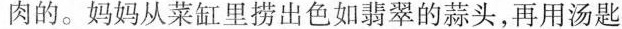
肉的。妈妈从菜缸里捞出色如翡翠的蒜头，再用汤匙